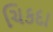
ચિકદા